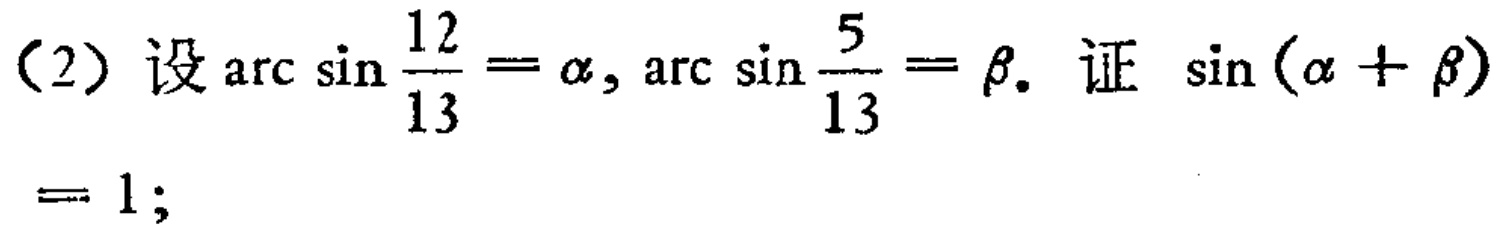
(2) 设\(\arcsin\frac{12}{13}=\alpha,\arcsin\frac{5}{13}=\beta\). 证 \(\sin(\alpha + \beta)= 1;\)